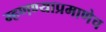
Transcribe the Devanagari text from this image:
म्हणण्याप्रमाणेच